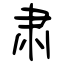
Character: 肃